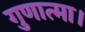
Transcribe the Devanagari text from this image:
गुणात्मा।